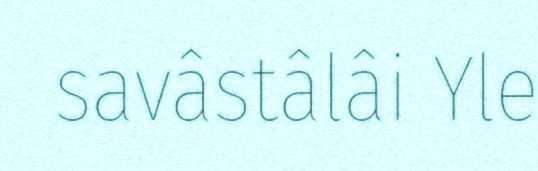
savâstâlâi Yle